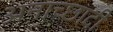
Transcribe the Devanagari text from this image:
अनाच्छादी